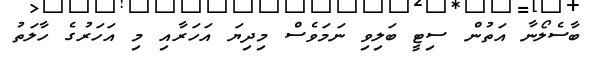
ބާސެލޯނާ އަތުން ސިޓީ ބަލިވި ނަމަވެސް މިދިޔަ އަހަރާއި މި އަހަރުގެ ހާލަތު